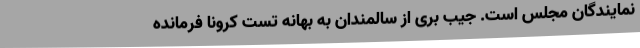
نمایندگان مجلس است. جیب بری از سالمندان به بهانه تست کرونا فرمانده